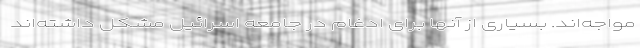
مواجه‌اند. بسیاری از آنها برای ادغام در جامعه اسرائیل مشکل داشته‌اند